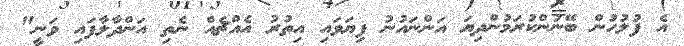
އެ ފުލުހުން ބޭނުންކުރަމުންދިޔަ އަންނައުނު ފިޔަަވައި އިތުރު އެއްޗެއް ނެތި އަންދާލާފައި ވަނީ"